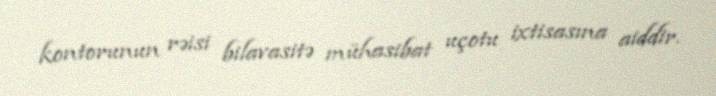
kontorunun rəisi bilavasitə mühasibat uçotu ixtisasına aiddir.